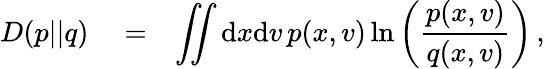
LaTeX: \begin{array}{rlr}{D(p||q)}&{{}=}&{\displaystyle\iint\mathrm dx\mathrm dv\, p(x,v)\ln\left(\frac{p(x,v)}{q(x,v)}\right)\, ,}\end{array}